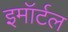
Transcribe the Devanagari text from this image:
इमॉर्टल